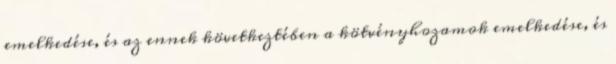
emelkedése, és az ennek következtében a kötvényhozamok emelkedése, és